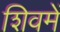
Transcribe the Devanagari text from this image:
शिवमें